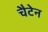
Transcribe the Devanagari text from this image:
चैटेन